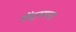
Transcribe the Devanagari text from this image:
सेंदूरसना